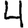
Digit: 4